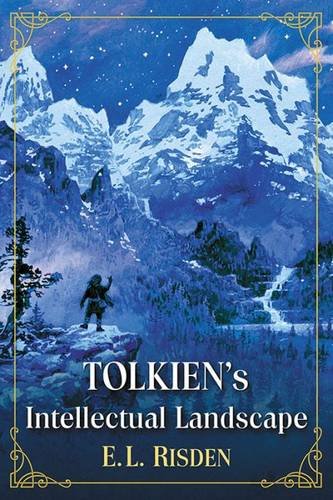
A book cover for Tolkien's Intellectual Landscape; E.L. Risden; Science Fiction & Fantasy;